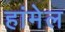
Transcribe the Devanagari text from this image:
हांमेल